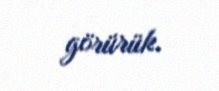
görürük.